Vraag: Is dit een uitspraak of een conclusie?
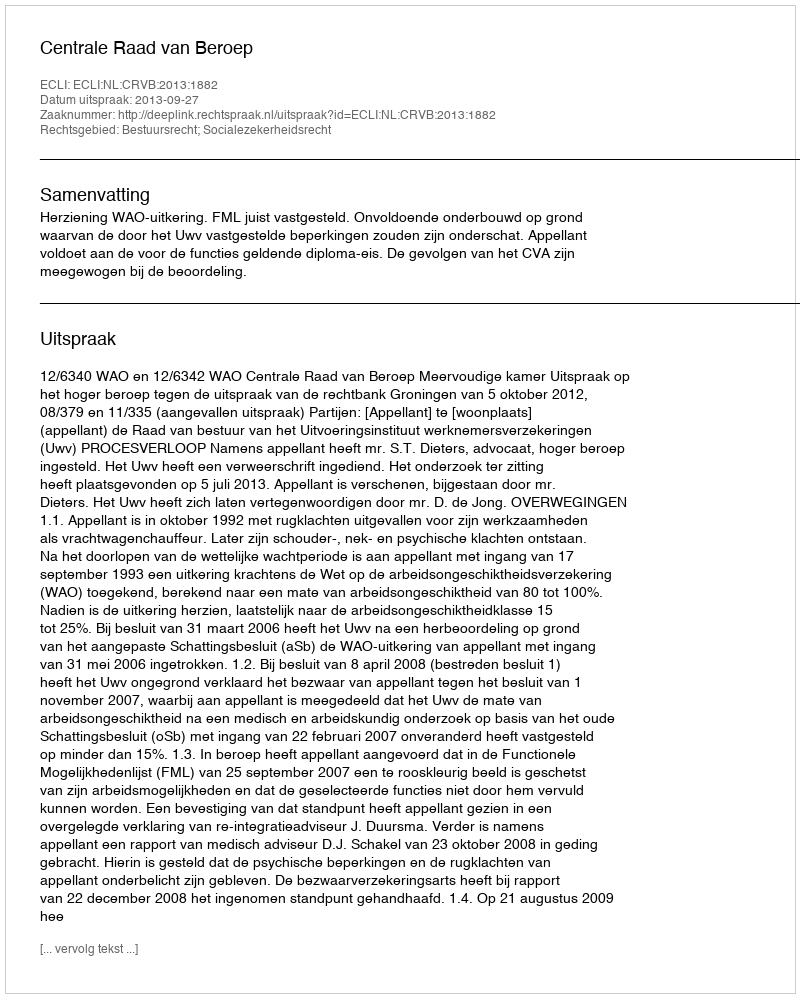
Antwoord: Uitspraak